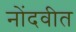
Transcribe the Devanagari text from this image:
नोंदवीत